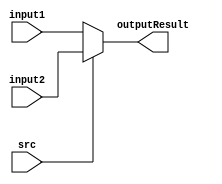
`timescale 1ns / 1ps
//////////////////////////////////////////////////////////////////////////////////
// Company: 
// Engineer: 
// 
// Design Name: 
// Module Name: selecterFor32bits
// Project Name: 
// Target Devices: 
// Tool Versions: 
// Description: 
// 
// Dependencies: 
// 
// Revision:
// Revision 0.01 - File Created
// Additional Comments:
// 
//////////////////////////////////////////////////////////////////////////////////


module selecterFor32bits(
    input src,
    input[31:0] input1,
    input[31:0] input2,
    output reg[31:0] outputResult
    );
    always@(src or input1 or input2)
    begin
        if(src == 0)
        begin
            outputResult <= input1;
        end
        else
        begin
            outputResult <= input2;
        end
    end
endmodule